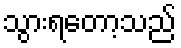
သွားရတော့သည်